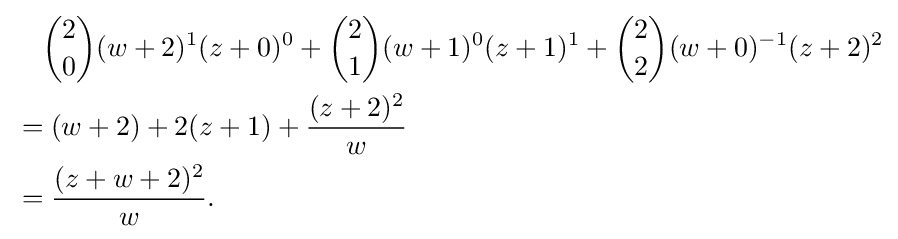
{\begin{aligned}&{}\quad {\binom {2}{0}}(w+2)^{1}(z+0)^{0}+{\binom {2}{1}}(w+1)^{0}(z+1)^{1}+{\binom {2}{2}}(w+0)^{-1}(z+2)^{2}\\&=(w+2)+2(z+1)+{\frac {(z+2)^{2}}{w}}\\&={\frac {(z+w+2)^{2}}{w}}.\end{aligned}}